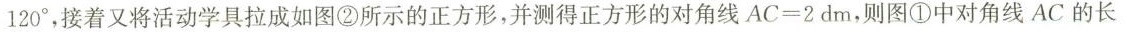
120 °$$，接着又将活动学具拉成如图②所示的正方形，并测得正方形的对角线$$A C = 2 d m$$，则图①中对角线 AC 的长